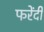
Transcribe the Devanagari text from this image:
फरेंदी